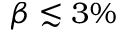
\beta \lesssim 3 \%